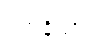
ဥတုနိယာ